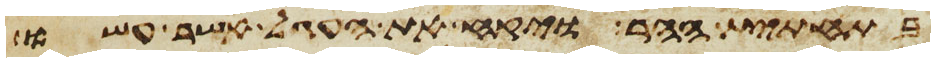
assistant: בתחתית ההר ויקח את העגל אשר עשו